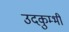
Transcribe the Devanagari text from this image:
उदकुम्भी